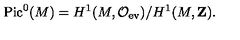
\mathrm { P i c } ^ { 0 } ( M ) = H ^ { 1 } ( M , { \cal O } _ { \mathrm { e v } } ) / H ^ { 1 } ( M , { \bf Z } ) .